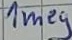
Text: 1meg